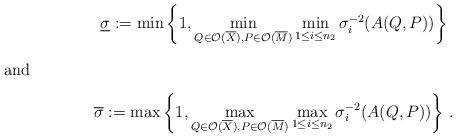
LaTeX: \begin{align*}\underline{\sigma}:=\min\left\{1, \min_{Q \in {\cal O}(\overline X),P \in {\cal O}(\overline M)} \min_{1\leq i \leq n_2} \sigma_i^{-2}(A(Q,P))\right\}\end{align*} and \begin{align*}\overline{\sigma}:=\max\left\{1, \max_{Q \in {\cal O}(\overline X),P \in {\cal O}(\overline M)} \max_{1\leq i \leq n_2}\sigma_i^{-2}(A(Q,P))\right \}\, .\end{align*}%\end{align*}